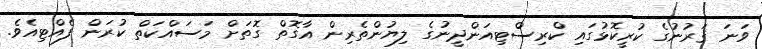
ވަނަ ޤަރުނުގެ ކުރީކޮޅުގައި ކްރިސްޓިއަންދީނުގެ ލިޔުންތެރިން އާގޮތް ގޮތަށް މަސައްކަތް ކުރަން ފެއްޓިއެވެ.